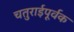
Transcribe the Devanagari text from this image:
चतुराईपूर्वक